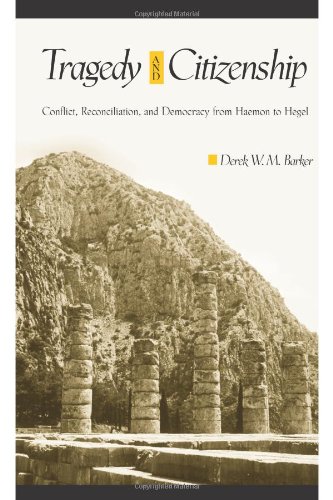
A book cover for Tragedy and Citizenship: Conflict, Reconciliation, and Democracy from Haemon to Hegel; Derek W. M. Barker; Literature & Fiction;